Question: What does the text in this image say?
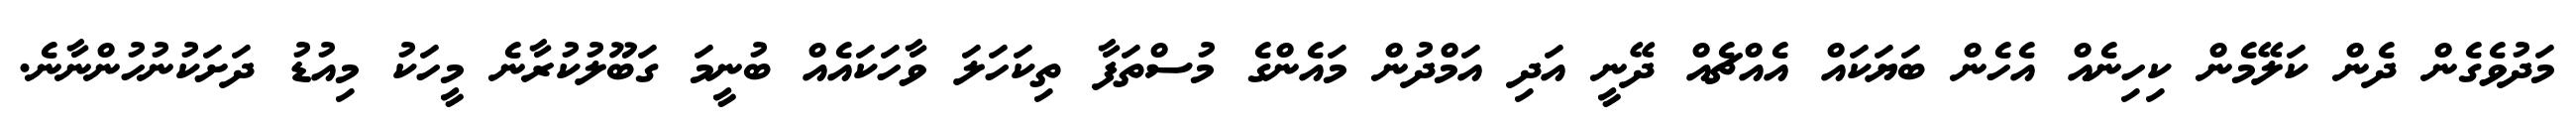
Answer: މަދުވެގެން ދެން ކަލޭމެން ކިހިނެއް އެހެން ބަޔަކައް އެއްޗެއް ދޭނީ އަދި އަމްދުން މައެންގެ މުސްތަފާ ތިކަހަލަ ވާހަކައެއް ބުނީމަ ގަބޫލުކުރާނެ މީހަކު މިއުޑު ދަށަކުނުހުންނާނެ.